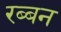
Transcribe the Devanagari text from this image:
रब्बन